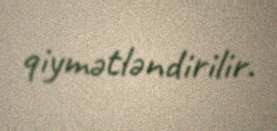
qiymətləndirilir.